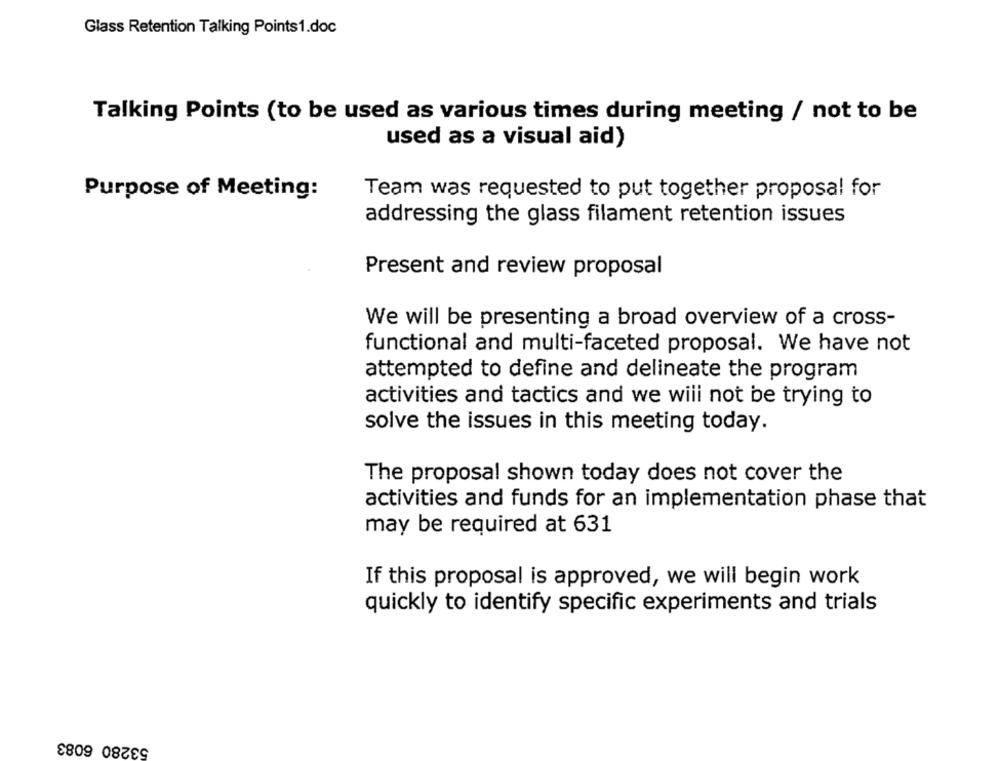
Glass Retention Talking Points1.doc
Talking Points (to be used as various times during meeting / not to be
used as a visual aid)
Purpose of Meeting:
Team was requested to put together proposal for
addressing the glass filament retention issues
Present and review proposal
We will be presenting a broad overview of a cross-
functional and multi-faceted proposal. We have not
attempted to define and delineate the program
activities and tactics and we will not be trying to
solve the issues in this meeting today.
The proposal shown today does not cover the
activities and funds for an implementation phase that
may be required at 631
If this proposal is approved, we will begin work
quickly to identify specific experiments and trials
53280 6083